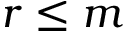
r \leq m